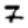
Digit: 7